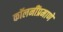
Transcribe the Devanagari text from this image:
कॉलनींप्रमाणे